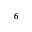
^ 6